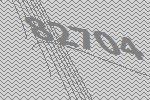
82704